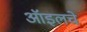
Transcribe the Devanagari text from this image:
ऑइलचे